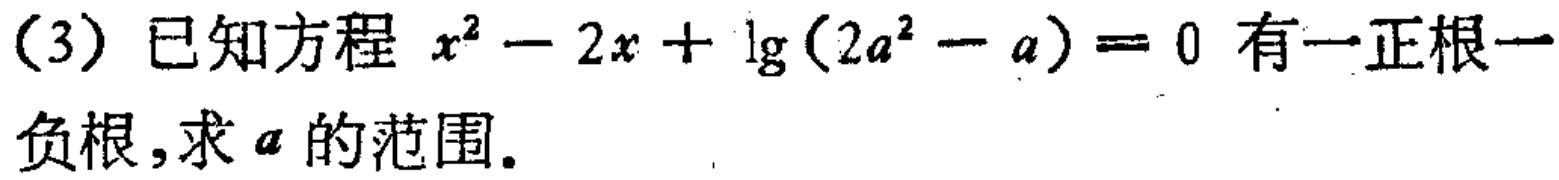
(3) 已知方程 \(x^{2}-2x + \lg(2a^{2}-a)=0\) 有一正根一负根,求 \(a\) 的范围.